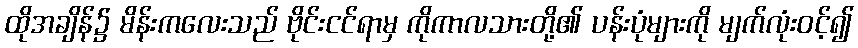
ထိုအချိန်၌ မိန်းကလေးသည် ဗိုင်းငင်ရာမှ ကိုကာလသားတို့၏ ပန်းပုံများကို မျက်လုံးဝင့်၍